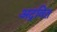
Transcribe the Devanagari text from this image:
अद्रवित